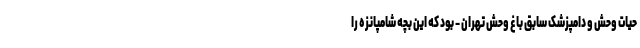
حیات وحش و دامپزشک ‌سابق باغ وحش تهران - بود که این بچه شامپانزه را